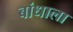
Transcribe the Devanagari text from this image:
बांधाला